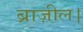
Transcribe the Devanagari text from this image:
ब्राज़ील।